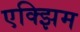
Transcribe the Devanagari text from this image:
एक्झिम